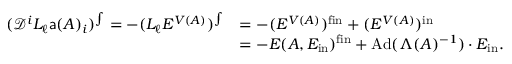
\begin{array} { r l } { ( \mathcal { D } ^ { i } L _ { \ell } { \mathsf { a } } ( A ) _ { i } ) ^ { \int } = - ( L _ { \ell } E ^ { { V } ( A ) } ) ^ { \int } } & { = - ( E ^ { { V } ( A ) } ) ^ { \mathrm { f i n } } + ( E ^ { { V } ( A ) } ) ^ { \mathrm { i n } } } \\ & { = - E ( A , E _ { \mathrm { i n } } ) ^ { \mathrm { f i n } } + \mathrm { A d } ( \Lambda ( A ) ^ { - 1 } ) \cdot E _ { \mathrm { i n } } . } \end{array}